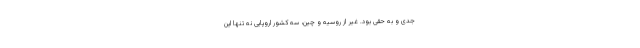
جدی و به حقی بود. غیر از روسیه و چین، سه کشور اروپایی نه تنها این